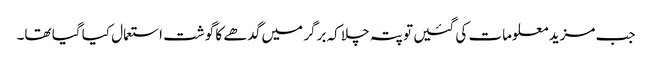
جب مزید معلومات کی گئیں تو پتہ چلا کہ برگر میں گدھے کا گوشت استعمال کیا گیا تھا۔